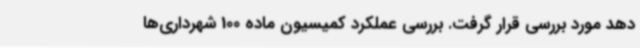
دهد مورد بررسی قرار گرفت. بررسی عملکرد کمیسیون ماده 100 شهرداری‌ها